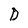
Character: D